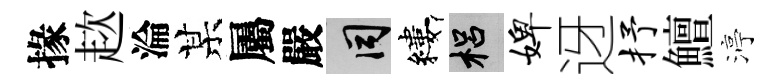
掾趑淪某屬嚴间縷梠婢迓抒鱣渟